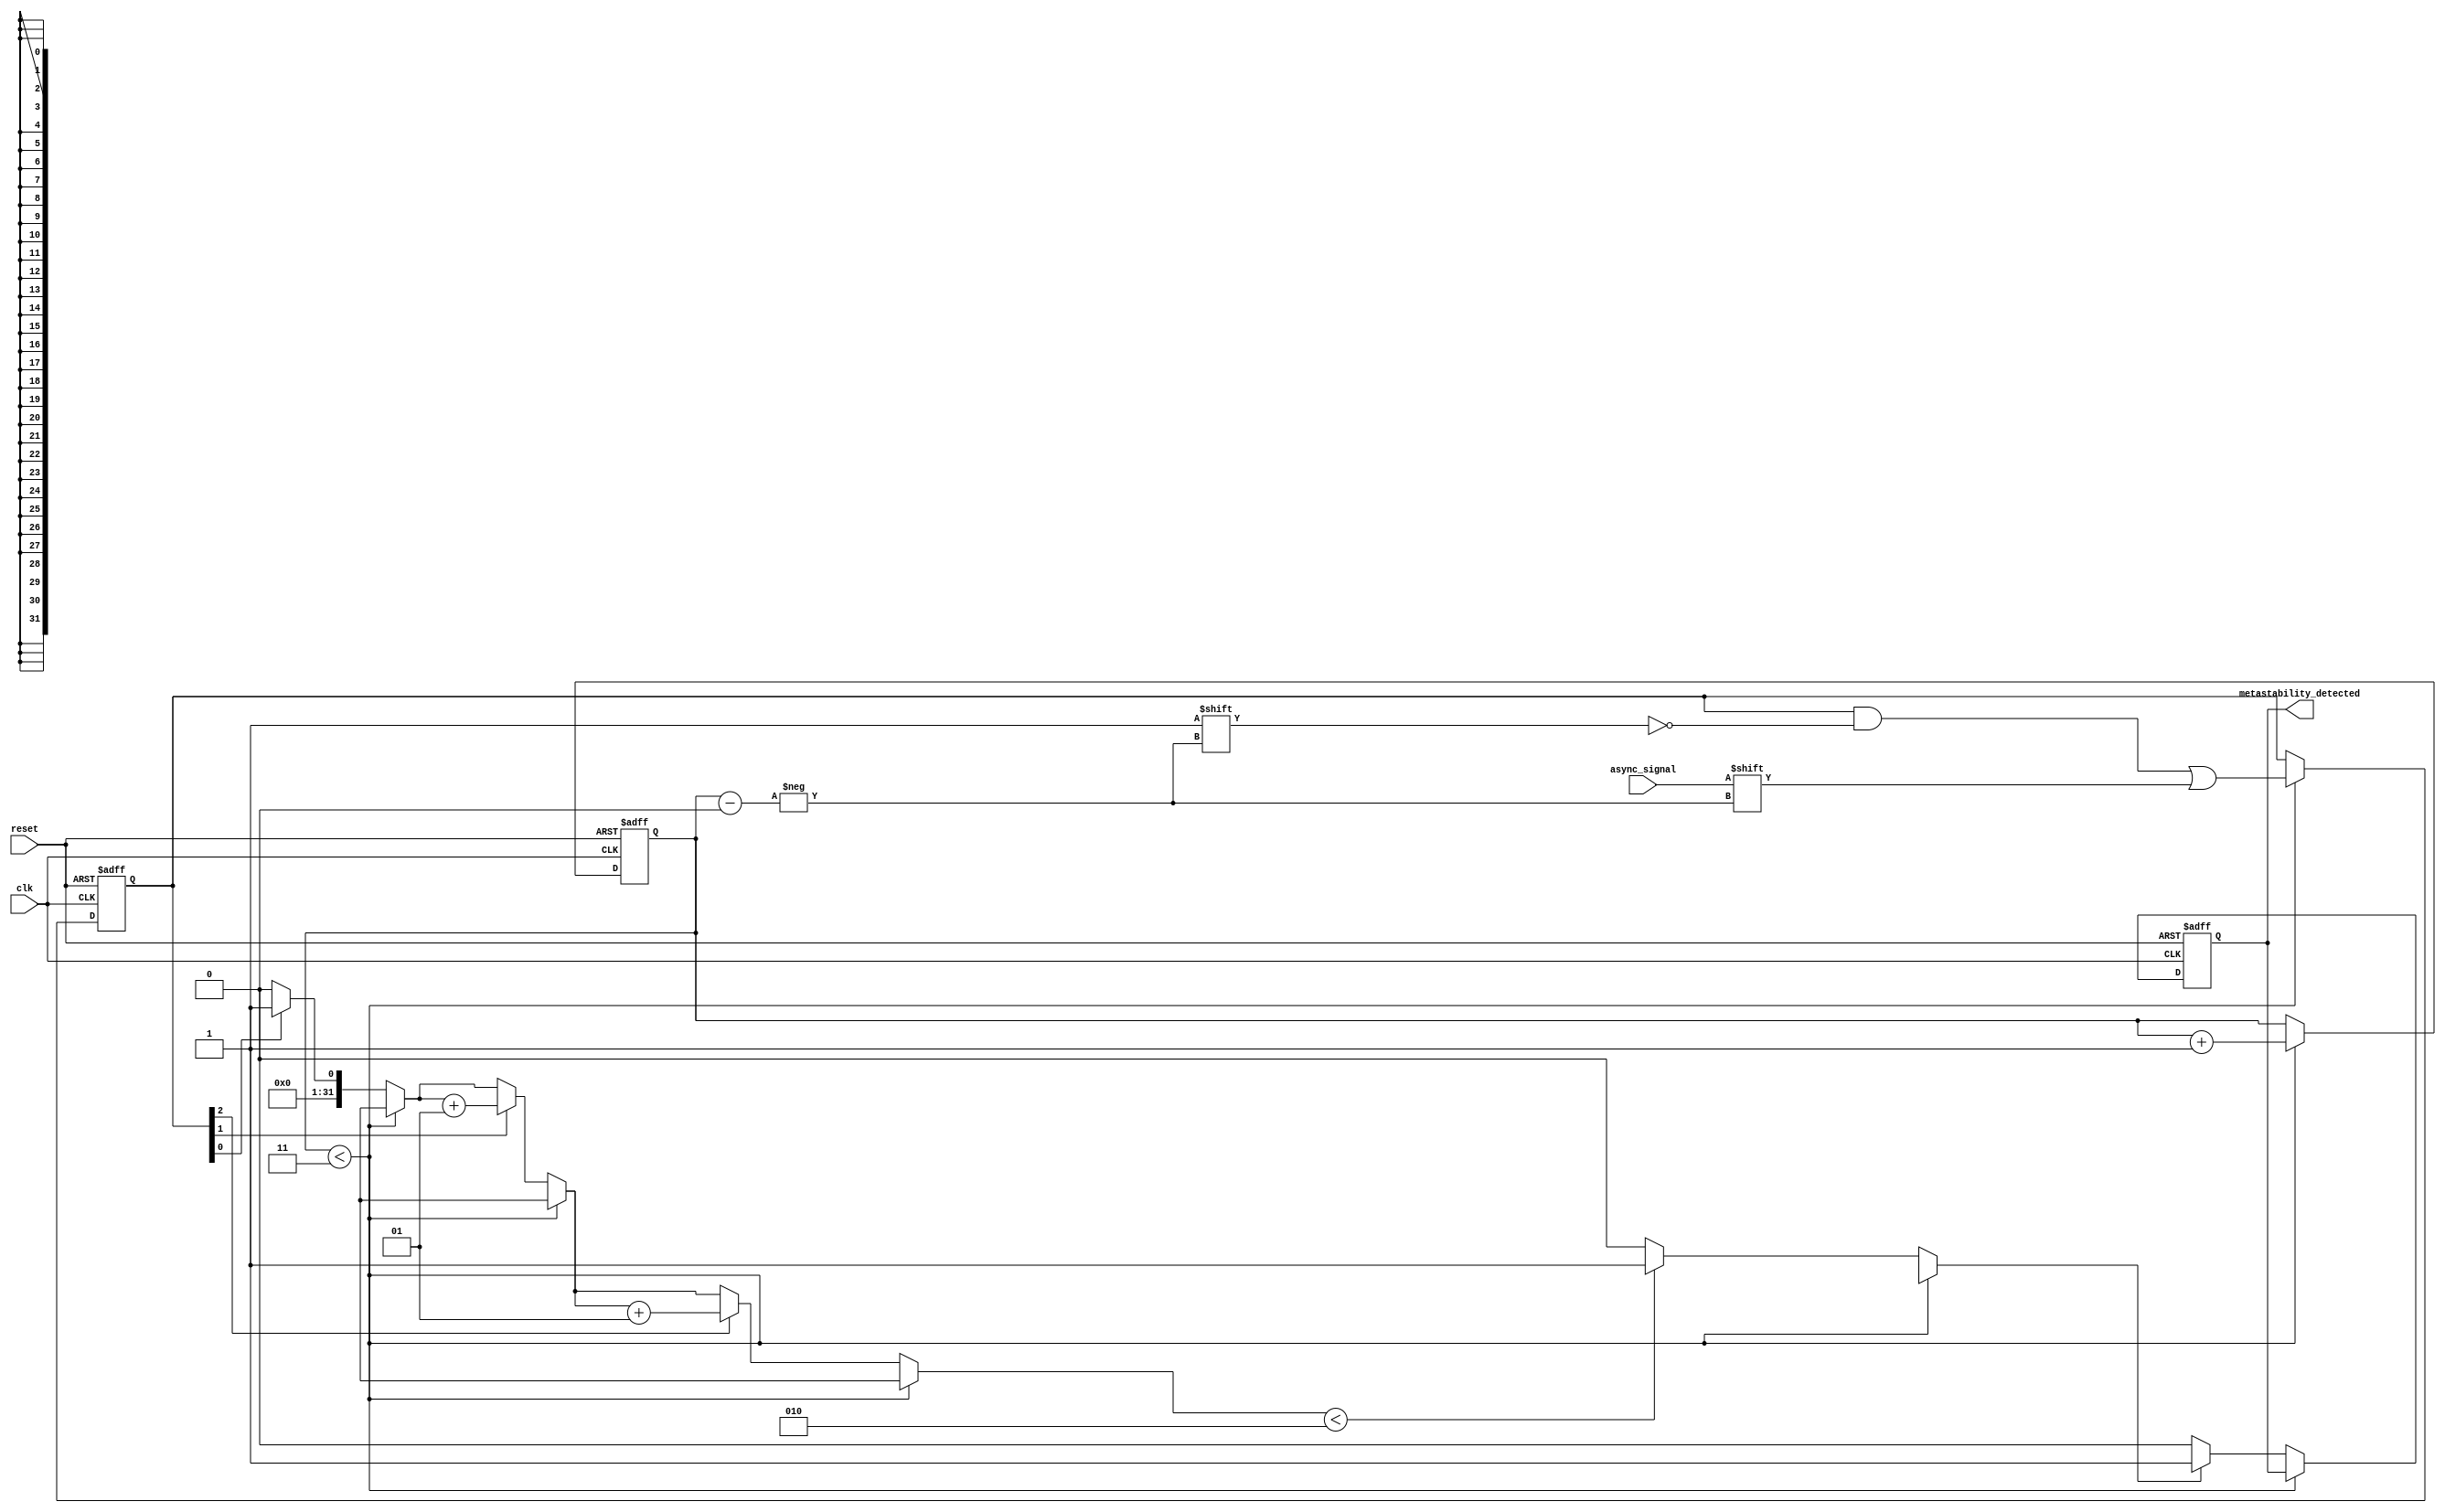
module metastability_detector (
    input wire clk,                // System clock
    input wire async_signal,       // Asynchronous input signal
    input wire reset,              // Reset signal
    output reg metastability_detected // Output signal indicating metastability
);

    // Parameters
    parameter NUM_SAMPLES = 3;    // Number of samples to take
    parameter THRESHOLD = 2;        // Threshold for detecting metastability

    // Internal signals
    reg [NUM_SAMPLES-1:0] samples; // Sampled values
    reg [1:0] count;                // Sample counter

    // Sampling flip-flops
    always @(posedge clk or posedge reset) begin
        if (reset) begin
            samples <= 0;
            count <= 0;
            metastability_detected <= 0;
        end else if (count < NUM_SAMPLES) begin
            samples[count] <= async_signal; // Sample the input signal
            count <= count + 1;             // Increment sample counter
        end else begin
            // Analyze samples for metastability
            if (detect_metastability(samples)) begin
                metastability_detected <= 1; // Metastability detected
            end else begin
                metastability_detected <= 0; // No metastability
            end
        end
    end

    // Function to detect metastability using majority voting
    function detect_metastability;
        input [NUM_SAMPLES-1:0] samples;
        integer i;
        integer count_stable;
        begin
            count_stable = 0;
            // Count the number of stable samples (0s and 1s)
            for (i = 0; i < NUM_SAMPLES; i = i + 1) begin
                if (samples[i] == 1'b1) begin
                    count_stable = count_stable + 1;
                end
            end
            // If the number of stable samples is less than the threshold, return true
            if (count_stable < THRESHOLD) begin
                detect_metastability = 1; // Metastability detected
            end else begin
                detect_metastability = 0; // No metastability
            end
        end
    endfunction

endmodule